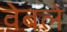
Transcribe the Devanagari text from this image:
वेबले